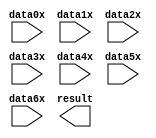
// megafunction wizard: %PARALLEL_ADD%VBB%
// GENERATION: STANDARD
// VERSION: WM1.0
// MODULE: parallel_add 

// ============================================================
// Megafunction Name(s):
// 			parallel_add
//
// Simulation Library Files(s):
// 			altera_mf
// ============================================================
// ************************************************************
// THIS IS A WIZARD-GENERATED FILE. DO NOT EDIT THIS FILE!
//
// 17.1.0 Build 590 10/25/2017 SJ Lite Edition
// ************************************************************

//Copyright (C) 2017  Intel Corporation. All rights reserved.
//Your use of Intel Corporation's design tools, logic functions 
//and other software and tools, and its AMPP partner logic 
//functions, and any output files from any of the foregoing 
//(including device programming or simulation files), and any 
//associated documentation or information are expressly subject 
//to the terms and conditions of the Intel Program License 
//Subscription Agreement, the Intel Quartus Prime License Agreement,
//the Intel FPGA IP License Agreement, or other applicable license
//agreement, including, without limitation, that your use is for
//the sole purpose of programming logic devices manufactured by
//Intel and sold by Intel or its authorized distributors.  Please
//refer to the applicable agreement for further details.

module par_add_7 (
	data0x,
	data1x,
	data2x,
	data3x,
	data4x,
	data5x,
	data6x,
	result);

	input	[31:0]  data0x;
	input	[31:0]  data1x;
	input	[31:0]  data2x;
	input	[31:0]  data3x;
	input	[31:0]  data4x;
	input	[31:0]  data5x;
	input	[31:0]  data6x;
	output	[31:0]  result;

endmodule

// ============================================================
// CNX file retrieval info
// ============================================================
// Retrieval info: PRIVATE: INTENDED_DEVICE_FAMILY STRING "Cyclone IV E"
// Retrieval info: PRIVATE: SYNTH_WRAPPER_GEN_POSTFIX STRING "0"
// Retrieval info: LIBRARY: altera_mf altera_mf.altera_mf_components.all
// Retrieval info: CONSTANT: MSW_SUBTRACT STRING "NO"
// Retrieval info: CONSTANT: PIPELINE NUMERIC "0"
// Retrieval info: CONSTANT: REPRESENTATION STRING "UNSIGNED"
// Retrieval info: CONSTANT: RESULT_ALIGNMENT STRING "LSB"
// Retrieval info: CONSTANT: SHIFT NUMERIC "0"
// Retrieval info: CONSTANT: SIZE NUMERIC "7"
// Retrieval info: CONSTANT: WIDTH NUMERIC "32"
// Retrieval info: CONSTANT: WIDTHR NUMERIC "32"
// Retrieval info: USED_PORT: data0x 0 0 32 0 INPUT NODEFVAL "data0x[31..0]"
// Retrieval info: USED_PORT: data1x 0 0 32 0 INPUT NODEFVAL "data1x[31..0]"
// Retrieval info: USED_PORT: data2x 0 0 32 0 INPUT NODEFVAL "data2x[31..0]"
// Retrieval info: USED_PORT: data3x 0 0 32 0 INPUT NODEFVAL "data3x[31..0]"
// Retrieval info: USED_PORT: data4x 0 0 32 0 INPUT NODEFVAL "data4x[31..0]"
// Retrieval info: USED_PORT: data5x 0 0 32 0 INPUT NODEFVAL "data5x[31..0]"
// Retrieval info: USED_PORT: data6x 0 0 32 0 INPUT NODEFVAL "data6x[31..0]"
// Retrieval info: USED_PORT: result 0 0 32 0 OUTPUT NODEFVAL "result[31..0]"
// Retrieval info: CONNECT: @data 0 0 32 0 data0x 0 0 32 0
// Retrieval info: CONNECT: @data 0 0 32 32 data1x 0 0 32 0
// Retrieval info: CONNECT: @data 0 0 32 64 data2x 0 0 32 0
// Retrieval info: CONNECT: @data 0 0 32 96 data3x 0 0 32 0
// Retrieval info: CONNECT: @data 0 0 32 128 data4x 0 0 32 0
// Retrieval info: CONNECT: @data 0 0 32 160 data5x 0 0 32 0
// Retrieval info: CONNECT: @data 0 0 32 192 data6x 0 0 32 0
// Retrieval info: CONNECT: result 0 0 32 0 @result 0 0 32 0
// Retrieval info: GEN_FILE: TYPE_NORMAL par_add_7.v TRUE
// Retrieval info: GEN_FILE: TYPE_NORMAL par_add_7.inc FALSE
// Retrieval info: GEN_FILE: TYPE_NORMAL par_add_7.cmp FALSE
// Retrieval info: GEN_FILE: TYPE_NORMAL par_add_7.bsf FALSE
// Retrieval info: GEN_FILE: TYPE_NORMAL par_add_7_inst.v TRUE
// Retrieval info: GEN_FILE: TYPE_NORMAL par_add_7_bb.v TRUE
// Retrieval info: LIB_FILE: altera_mf